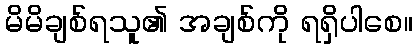
မိမိချစ်ရသူ၏ အချစ်ကို ရရှိပါစေ။